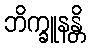
ဘိက္ခူနန္တိ